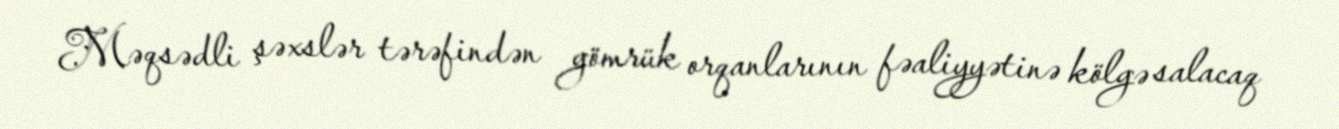
Məqsədli şəxslər tərəfindən gömrük orqanlarının fəaliyyətinə kölgə salacaq